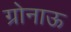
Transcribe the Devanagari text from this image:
ग्रोनाऊ